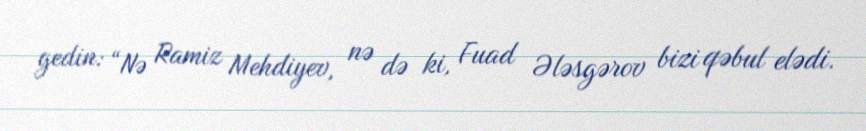
gedin: “Nə Ramiz Mehdiyev, nə də ki, Fuad Ələsgərov bizi qəbul elədi.